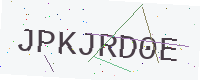
Text: JPKJRD0E